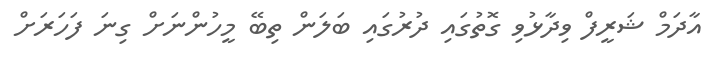
އާދަމް ޝަރީފް ވިދާޅުވި ގޮތުގައި ދުރުގައި ބަލަން ތިބޭ މީހުންނަށް ގިނަ ފަހަރަށް